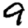
Digit: 9